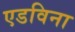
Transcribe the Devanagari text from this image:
एडविना